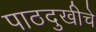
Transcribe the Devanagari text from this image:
पाठदुखीचे